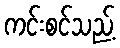
ကင်းစင်သည့်